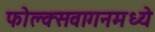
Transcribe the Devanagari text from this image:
फोल्क्सवागनमध्ये